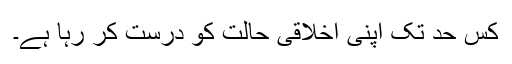
کس حد تک اپنی اخلاقی حالت کو درست کر رہا ہے۔